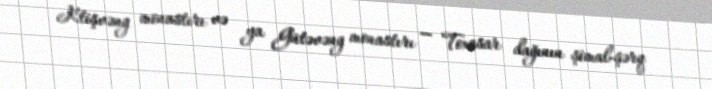
Ktişvəng monastırı və ya Gütəvəng monastırı — Toxasar dağının şimal-şərq